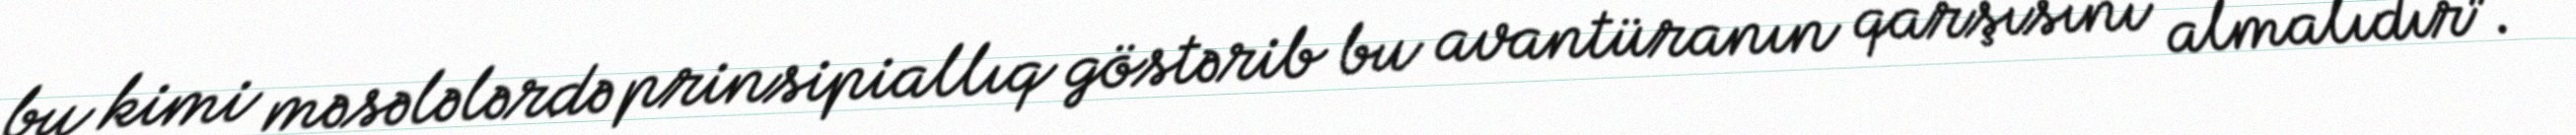
bu kimi məsələlərdə prinsipiallıq göstərib bu avantüranın qarşısını almalıdır”.